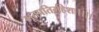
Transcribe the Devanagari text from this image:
भूतपतिर्महेशः।।।।